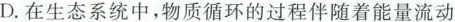
D.在生态系统中，物质循环的过程伴随着能源流动